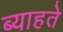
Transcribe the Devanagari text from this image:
ब्याहते